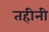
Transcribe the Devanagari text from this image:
तहीनी